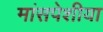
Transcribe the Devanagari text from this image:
मांसपेशीया